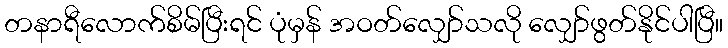
တနာရီလောက်စိမ်ပြီးရင် ပုံမှန် အဝတ်လျှော်သလို လျှော်ဖွတ်နိုင်ပါပြီ။